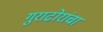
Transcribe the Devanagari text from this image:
गुराढोरांचा